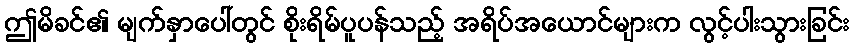
ဤမိခင်၏ မျက်နှာပေါ်တွင် စိုးရိမ်ပူပန်သည့် အရိပ်အယောင်များက လွင့်ပါးသွားခြင်း